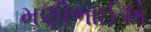
મણીભાઈએ